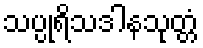
သပ္ပုရိသဒါနသုတ္တံ